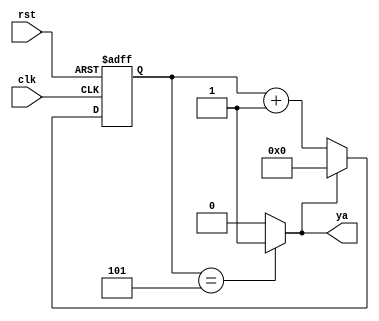
// Contador Mdulo M de 4 bits
// contador hasta 4
//
module c_mel05(
input clk,
input rst,
output ya
);


reg [3:0]Q;
wire [3:0] D;
wire sel;

always @(negedge clk or posedge rst)
begin
  if (rst) begin
	Q<=4'b0000;
	end
  else begin
	Q<=D;
  end
end

assign sel=(Q==5) ? 1'b1 : 1'b0;
assign D=(sel) ? 4'b0000 : Q+1;
assign ya = sel;

endmodule